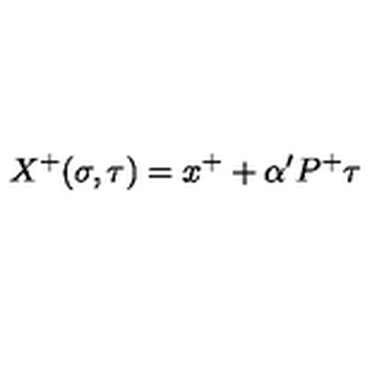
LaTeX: X ^ { + } ( \sigma , \tau ) = x ^ { + } + \alpha ^ { \prime } P ^ { + } \tau